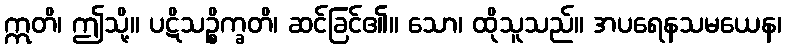
ဣတိ၊ ဤသို့။ ပဋိသဉ္စိက္ခတိ၊ ဆင်ခြင်၏။ သော၊ ထိုသူသည်။ အပရေနသမယေန၊